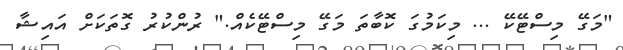
"މަގޭ މިސްޓޭކޭ ... މިކަމުގަ ކޮބާތަ މަގޭ މިސްޓޭކެއް." ރުންކުރު ގޮތަކަށް އައިޝާ